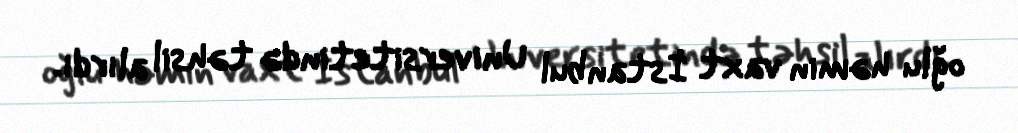
oğlu həmin vaxt İstanbul Universitetində təhsil alırdı.